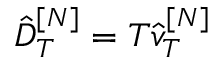
\hat { D } _ { T } ^ { [ N ] } = T \hat { v } _ { T } ^ { [ N ] }